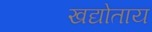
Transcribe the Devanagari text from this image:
खद्योताय